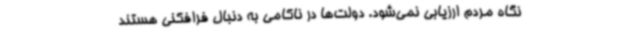
نگاه مردم ارزیابی نمی‌شود. دولت‌ها در ناکامی به دنبال فرافکنی هستند